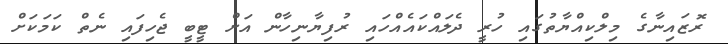
ރޮޒައިނާގެ މިލްކިއްޔާތުގައި ހުރީ ދެލައްކައެއްހައި ރުފިޔާނިހާން އަށް ޓީބީ ޖެހިފައި ނެތް ކަމަކަށް